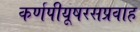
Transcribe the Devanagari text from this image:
कर्णपीयूषरसप्रवाह